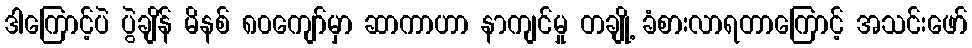
ဒါကြောင့်ပဲ ပွဲချိန် မိနစ် ၈၀ကျော်မှာ ဆာကာဟာ နာကျင်မှု တချို့ ခံစားလာရတာကြောင့် အသင်းဖော်